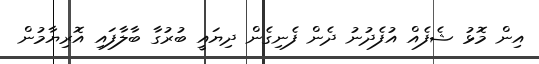
އިން މޮޅު ޝެފެއް އުފެދުނު ދެން ފެނިގެން ދިޔައީ ބުރުގާ ބާލާފައި އޮރިޔާމުން